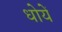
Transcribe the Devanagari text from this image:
धोयें